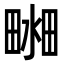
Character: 𤲴